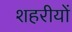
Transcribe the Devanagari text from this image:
शहरीयों